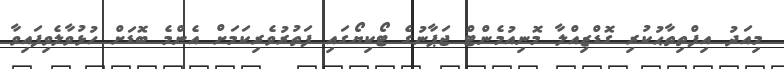
މިއަދު އިފްތިތާޙުކުރި ގޮޑްޒިއްލާ މޮނިއުމެންޓް ޖަޕާނުގެ ޓޯކިޔޯގައި ފަތުރުވެރިކަމަށް އެންމެ ބޮޑަށް ހުޅުވާލެވިފައިވާ